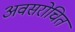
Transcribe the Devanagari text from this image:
अवसरोचित